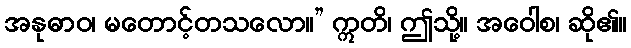
အနုဓာဝ၊ မတောင့်တသလော။” ဣတိ၊ ဤသို့။ အဝေါစ၊ ဆို၏။